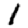
Digit: 1